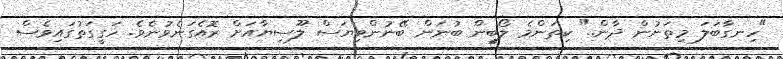
"ހިނގާބަލަ މިތަނުން ދާން.." ކިތަންމެ ލޯބީން ބުނަން ބޭނުންވިޔަސް ލޫސިޔާއަށް ރޮއެގަނެވުނެވެ. ހަގީގަތުގައިވެސް